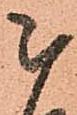
被